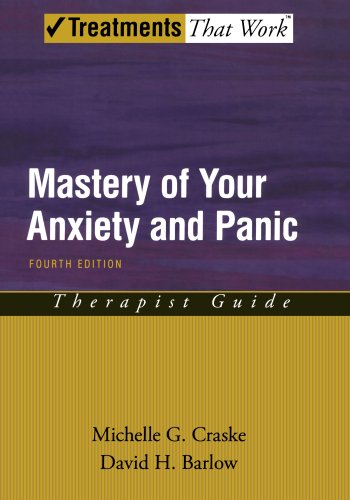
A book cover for Mastery of Your Anxiety and Panic: Therapist Guide (Treatments That Work); Michelle G. Craske; Medical Books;